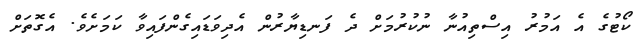
ކޯޓުގެ އެ އަމުރު އިސްތިއުނާ ނުކުރުމަށް ދެ ފަނޑިޔާރުން އެދިވަޑައިގެންފައިވާ ކަމަށެވެ. އެގޮތަށް